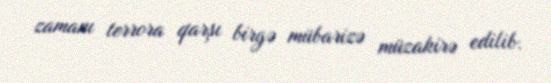
zamanı terrora qarşı birgə mübarizə müzakirə edilib.